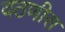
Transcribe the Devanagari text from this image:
वठणीस